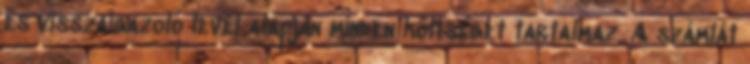
és visszaigazoló levél alapján minden költséget tartalmaz. A számlát